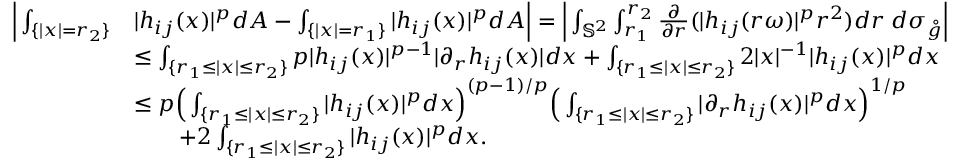
\begin{array} { r l } { \Big | \int _ { \{ | x | = r _ { 2 } \} } } & { | h _ { i j } ( x ) | ^ { p } d A - \int _ { \{ | x | = r _ { 1 } \} } | h _ { i j } ( x ) | ^ { p } d A \Big | = \Big | \int _ { \mathbb S ^ { 2 } } \int _ { r _ { 1 } } ^ { r _ { 2 } } \frac { \partial } { \partial r } ( | h _ { i j } ( r \omega ) | ^ { p } r ^ { 2 } ) d r \; d \sigma _ { \mathring g } \Big | } \\ & { \leq \int _ { \{ r _ { 1 } \leq | x | \leq r _ { 2 } \} } p | h _ { i j } ( x ) | ^ { p - 1 } | \partial _ { r } h _ { i j } ( x ) | d x + \int _ { \{ r _ { 1 } \leq | x | \leq r _ { 2 } \} } 2 | x | ^ { - 1 } | h _ { i j } ( x ) | ^ { p } d x } \\ & { \leq p \Big ( \int _ { \{ r _ { 1 } \leq | x | \leq r _ { 2 } \} } | h _ { i j } ( x ) | ^ { p } d x \Big ) ^ { ( p - 1 ) / p } \Big ( \int _ { \{ r _ { 1 } \leq | x | \leq r _ { 2 } \} } | \partial _ { r } h _ { i j } ( x ) | ^ { p } d x \Big ) ^ { 1 / p } } \\ & { \qquad + 2 \int _ { \{ r _ { 1 } \leq | x | \leq r _ { 2 } \} } | h _ { i j } ( x ) | ^ { p } d x . } \end{array}